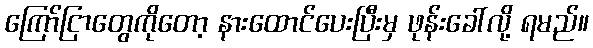
ကြော်ငြာတွေကိုတော့ နားထောင်ပေးပြီးမှ ဖုန်းခေါ်လို့ ရမည်။